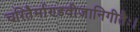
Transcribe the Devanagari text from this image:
चरितैर्माण्डवीजानिगीतैः।